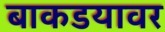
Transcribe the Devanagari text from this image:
बाकडयावर